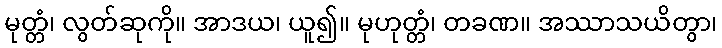
မုတ္တံ၊ လွတ်ဆုကို။ အာဒယ၊ ယူ၍။ မုဟုတ္တံ၊ တခဏ။ အဿာသယိတွာ၊